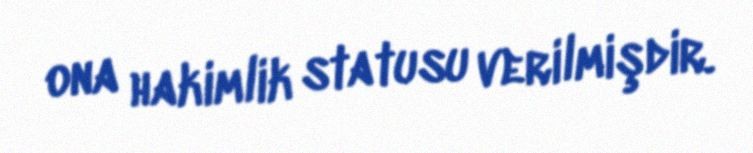
ona hakimlik statusu verilmişdir.